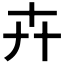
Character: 𠦄